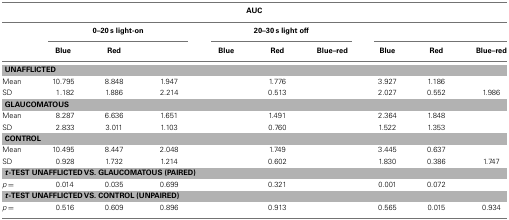
<table><thead><tr><td colspan="10"><b>AUC</b></td></tr><tr><td>[EMPTY_CELL]</td><td colspan="3"><b>0–20 s light-on</b></td><td colspan="3"><b>20–30 s light off</b></td><td colspan="3">[EMPTY_CELL]</td></tr><tr><td>[EMPTY_CELL]</td><td><b>Blue</b></td><td><b>Red</b></td><td>[EMPTY_CELL]</td><td><b>Blue</b></td><td><b>Red</b></td><td><b>Blue–red</b></td><td><b>Blue</b></td><td><b>Red</b></td><td><b>Blue–red</b></td></tr></thead><tbody><tr><td colspan="10"><b>UNAFFLICTED</b></td></tr><tr><td>Mean</td><td>10.795</td><td>8.848</td><td>1.947</td><td>[EMPTY_CELL]</td><td>1.776</td><td>[EMPTY_CELL]</td><td>3.927</td><td>1.186</td><td>[EMPTY_CELL]</td></tr><tr><td>SD</td><td>1.182</td><td>1.886</td><td>2.214</td><td>[EMPTY_CELL]</td><td>0.513</td><td>[EMPTY_CELL]</td><td>2.027</td><td>0.552</td><td>1.986</td></tr><tr><td colspan="10"><b>GLAUCOMATOUS</b></td></tr><tr><td>Mean</td><td>8.287</td><td>6.636</td><td>1.651</td><td>[EMPTY_CELL]</td><td>1.491</td><td>[EMPTY_CELL]</td><td>2.364</td><td>1.848</td><td>[EMPTY_CELL]</td></tr><tr><td>SD</td><td>2.833</td><td>3.011</td><td>1.103</td><td>[EMPTY_CELL]</td><td>0.760</td><td>[EMPTY_CELL]</td><td>1.522</td><td>1.353</td><td>[EMPTY_CELL]</td></tr><tr><td colspan="10"><b>CONTROL</b></td></tr><tr><td>Mean</td><td>10.495</td><td>8.447</td><td>2.048</td><td>[EMPTY_CELL]</td><td>1.749</td><td>[EMPTY_CELL]</td><td>3.445</td><td>0.637</td><td>[EMPTY_CELL]</td></tr><tr><td>SD</td><td>0.928</td><td>1.732</td><td>1.214</td><td>[EMPTY_CELL]</td><td>0.602</td><td>[EMPTY_CELL]</td><td>1.830</td><td>0.386</td><td>1.747</td></tr><tr><td colspan="10"><b><i>t</i>-TEST UNAFFLICTED VS. GLAUCOMATOUS (PAIRED)</b></td></tr><tr><td><i>p</i> = </td><td>0.014</td><td>0.035</td><td>0.699</td><td>[EMPTY_CELL]</td><td>0.321</td><td>[EMPTY_CELL]</td><td>0.001</td><td>0.072</td><td>[EMPTY_CELL]</td></tr><tr><td colspan="10"><b><i>t</i>-TEST UNAFFLICTED VS. CONTROL (UNPAIRED)</b></td></tr><tr><td><i>p</i> = </td><td>0.516</td><td>0.609</td><td>0.896</td><td>[EMPTY_CELL]</td><td>0.913</td><td>[EMPTY_CELL]</td><td>0.565</td><td>0.015</td><td>0.934</td></tr></tbody></table>